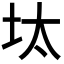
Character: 𡊀